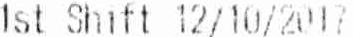
1ST SHIFT 12/10/2017